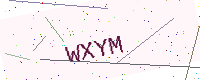
Text: WXYM